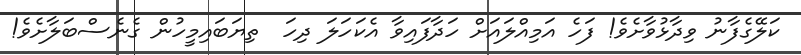
ކަލޭގެފާނު ވިދާޅުވާށެވެ! ފަހެ އަމިއްލައަށް ހަދާފައިވާ އެކަހަލަ ދިހަ  ތިޔަބައިމީހުން ގެނެސްބަލާށެވެ!